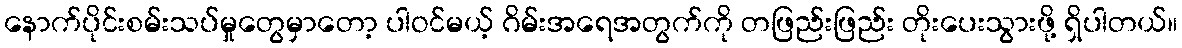
နောက်ပိုင်းစမ်းသပ်မှုတွေမှာတော့ ပါဝင်မယ့် ဂိမ်းအရေအတွက်ကို တဖြည်းဖြည်း တိုးပေးသွားဖို့ ရှိပါတယ်။